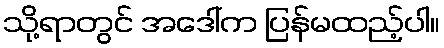
သို့ရာတွင် အဒေါ်က ပြန်မထည့်ပါ။